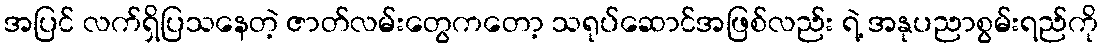
အပြင် လက်ရှိပြသနေတဲ့ ဇာတ်လမ်းတွေကတော့ သရုပ်ဆောင်အဖြစ်လည်း ရဲ့ အနုပညာစွမ်းရည်ကို